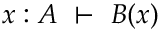
x : A \ \vdash \ B ( x )